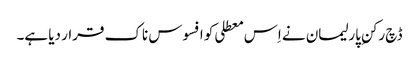
ڈچ رکنِ پارلیمان نے اِس معطلی کو افسوس ناک قرار دیا ہے۔